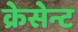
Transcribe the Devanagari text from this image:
क्रेसेन्ट